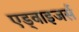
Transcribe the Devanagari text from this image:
एड्वाइजर्स